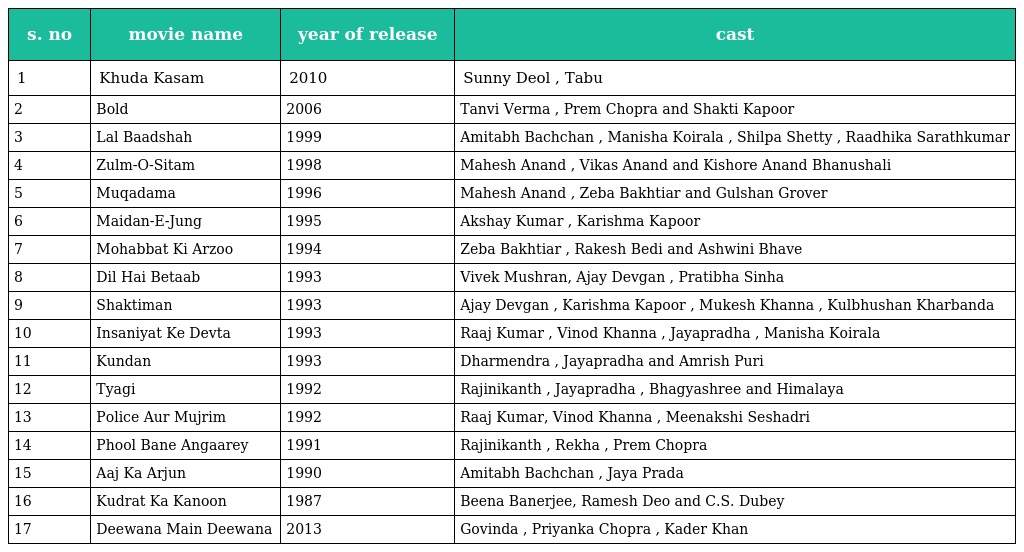
| s. no | movie name | year of release | cast |
 | --- | --- | --- | --- |
 | 1 | Khuda Kasam | 2010 | Sunny Deol , Tabu |
 | 2 | Bold | 2006 | Tanvi Verma , Prem Chopra and Shakti Kapoor |
 | 3 | Lal Baadshah | 1999 | Amitabh Bachchan , Manisha Koirala , Shilpa Shetty , Raadhika Sarathkumar |
 | 4 | Zulm-O-Sitam | 1998 | Mahesh Anand , Vikas Anand and Kishore Anand Bhanushali |
 | 5 | Muqadama | 1996 | Mahesh Anand , Zeba Bakhtiar and Gulshan Grover |
 | 6 | Maidan-E-Jung | 1995 | Akshay Kumar , Karishma Kapoor |
 | 7 | Mohabbat Ki Arzoo | 1994 | Zeba Bakhtiar , Rakesh Bedi and Ashwini Bhave |
 | 8 | Dil Hai Betaab | 1993 | Vivek Mushran, Ajay Devgan , Pratibha Sinha |
 | 9 | Shaktiman | 1993 | Ajay Devgan , Karishma Kapoor , Mukesh Khanna , Kulbhushan Kharbanda |
 | 10 | Insaniyat Ke Devta | 1993 | Raaj Kumar , Vinod Khanna , Jayapradha , Manisha Koirala |
 | 11 | Kundan | 1993 | Dharmendra , Jayapradha and Amrish Puri |
 | 12 | Tyagi | 1992 | Rajinikanth , Jayapradha , Bhagyashree and Himalaya |
 | 13 | Police Aur Mujrim | 1992 | Raaj Kumar, Vinod Khanna , Meenakshi Seshadri |
 | 14 | Phool Bane Angaarey | 1991 | Rajinikanth , Rekha , Prem Chopra |
 | 15 | Aaj Ka Arjun | 1990 | Amitabh Bachchan , Jaya Prada |
 | 16 | Kudrat Ka Kanoon | 1987 | Beena Banerjee, Ramesh Deo and C.S. Dubey |
 | 17 | Deewana Main Deewana | 2013 | Govinda , Priyanka Chopra , Kader Khan |